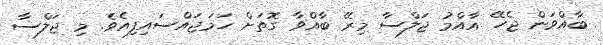
ބާއްވަން ޖެހޭ އާއްމު ޖަލްސާ މިރޭ ބާއްވާ ގޮތަށް ހަމަޖައްސައިފިއެވެ. މި ޖަލްސާ